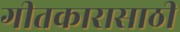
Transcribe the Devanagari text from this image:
गीतकारासाठी